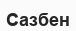
Сазбен